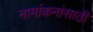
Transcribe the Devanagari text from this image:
नामांकनांसाठी